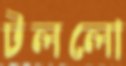
টললো